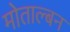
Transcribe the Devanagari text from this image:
मोताल्बन